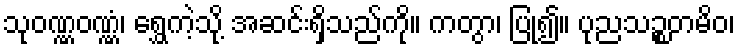
သုဝဏ္ဏဝဏ္ဏံ၊ ရွှေကဲ့သို့ အဆင်းရှိသည်ကို။ ကတွာ၊ ပြု၍။ ပုညသဉ္စတမိဝ၊